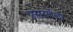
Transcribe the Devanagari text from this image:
प्रसरलेला